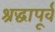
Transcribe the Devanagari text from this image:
श्रद्धापूर्व